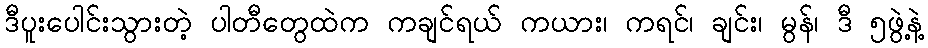
ဒီပူးပေါင်းသွားတဲ့ ပါတီတွေထဲက ကချင်ရယ် ကယား၊ ကရင်၊ ချင်း၊ မွန်၊ ဒီ ၅ဖွဲ့နဲ့